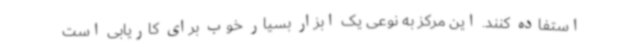
استفاده کنند. این مرکز به نوعی یک ابزار بسیار خوب برای کاریابی است